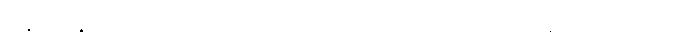
နှောင့်နှေးတတ်သည် အိုးပုတ်ပွဲတော်ကို တာဝန်မရှိဘဲ တပ်မတော်သားသည်